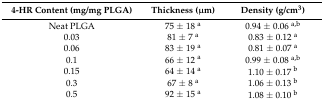
<table><thead><tr><td><b>4-HR Content (mg/mg PLGA)</b></td><td><b>Thickness (μm)</b></td><td><b>Density (g/cm<sup>3</sup>)</b></td></tr></thead><tbody><tr><td>Neat PLGA</td><td>75 ± 18 <sup>a</sup></td><td>0.94 ± 0.06 <sup>a,b</sup></td></tr><tr><td>0.03</td><td>81 ± 7 <sup>a</sup></td><td>0.83 ± 0.12 <sup>a</sup></td></tr><tr><td>0.06</td><td>83 ± 19 <sup>a</sup></td><td>0.81 ± 0.07 <sup>a</sup></td></tr><tr><td>0.1</td><td>66 ± 12 <sup>a</sup></td><td>0.99 ± 0.08 <sup>a,b</sup></td></tr><tr><td>0.15</td><td>64 ± 14 <sup>a</sup></td><td>1.10 ± 0.17 <sup>b</sup></td></tr><tr><td>0.3</td><td>67 ± 8 <sup>a</sup></td><td>1.06 ± 0.13 <sup>b</sup></td></tr><tr><td>0.5</td><td>92 ± 15 <sup>a</sup></td><td>1.08 ± 0.10 <sup>b</sup></td></tr></tbody></table>